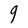
Character: g